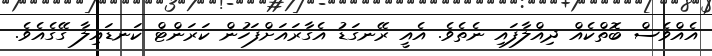
އެއްވެސް ބޮތްކެއް ދިއްލާފައި ނެތެވެ. އެއީ ރޭނގަޑު އެގާރައަށްފަހުން ކަރަންޓް ކަނޑައިލާ ގޭގެއެވެ.